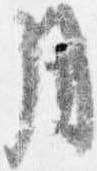
月